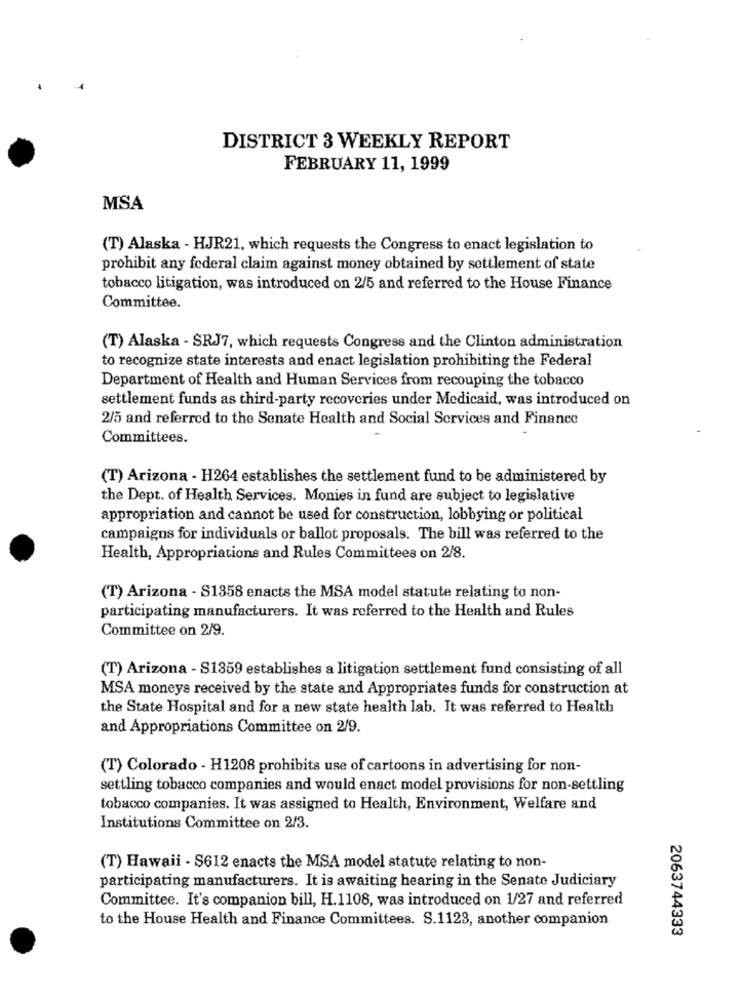
DISTRICT 3 WEEKLY REPORT
FEBRUARY 11, 1999
MSA
(T) Alaska - HJR21, which requests the Congress to enact legislation to
prohibit any federal claim against money obtained by settlement of state
tobacco litigation, was introduced on 2/5 and referred to the House Finance
Committee.
(T) Alaska - SRJ7, which requests Congress and the Clinton administration
to recognize state interests and enact legislation prohibiting the Federal
Department of Health and Human Services from recouping the tobacco
settlement funds as third-party recoveries under Medicaid, was introduced on
2/5 and referred to the Senate Health and Social Services and Finance
Committees.
(T) Arizona - H264 establishes the settlement fund to be administered by
the Dept. of Health Services. Monies in fund are subject to legislative
appropriation and cannot be used for construction, lobbying or political
campaigns for individuals or ballot proposals. The bill was referred to the
Health, Appropriations and Rules Committees on 2/8.
(T) Arizona - S1358 enacts the MSA model statute relating to non-
participating manufacturers. It was referred to the Health and Rules
Committee on 2/9.
(T) Arizona - S1359 establishes a litigation settlement fund consisting of all
MSA moneys received by the state and Appropriates funds for construction at
the State Hospital and for a new state health lab. It was referred to Health
and Appropriations Committee on 2/9.
(T) Colorado - H1208 prohibits use of cartoons in advertising for non-
settling tobacco companies and would enact model provisions for non-settling
tobacco companies. It was assigned to Health, Environment, Welfare and
Institutions Committee on 2/3.
(T) Hawaii - S612 enacts the MSA model statute relating to non-
participating manufacturers. It is awaiting hearing in the Senate Judiciary
Committee. It's companion bill, H.1108, was introduced on 1/27 and referred
to the House Health and Finance Committees. S.1123, another companion
2063744333